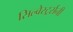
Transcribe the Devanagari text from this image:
सिल्वेस्टर्र्सनी